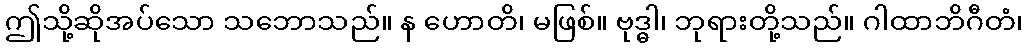
ဤသို့ဆိုအပ်သော သဘောသည်။ န ဟောတိ၊ မဖြစ်။ ဗုဒ္ဓါ၊ ဘုရားတို့သည်။ ဂါထာဘိဂီတံ၊